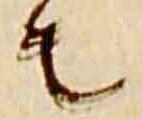
者